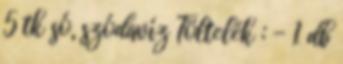
5 tk só, szódavíz Töltelék : - 1 db